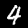
Label: 4